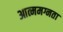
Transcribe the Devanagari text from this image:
आत्ममग्नता